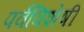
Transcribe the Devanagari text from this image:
पर्वविशेषीं